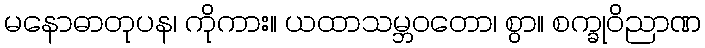
မနောဓာတုပန၊ ကိုကား။ ယထာသမ္ဘဝတော၊ စွာ။ စက္ခုဝိညာဏ